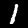
Label: 1